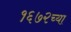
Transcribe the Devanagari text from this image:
१६७२च्या